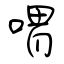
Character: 喟